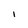
Character: I